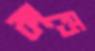
কান্দ্রে